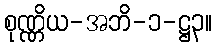
စုဏ္ဏိယ-အဘိ-၁-ဋ္ဌ၃။